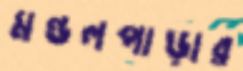
মণ্ডলপাড়ার